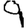
Digit: 9